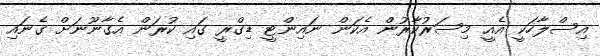
އިސްލާހަކީ އެއީ މިސަރުކާރުން އެކަން ނައިންޓީ ޑިގްރީ ގައި ކުރަން އެގާނޫނަށް ގެނައި